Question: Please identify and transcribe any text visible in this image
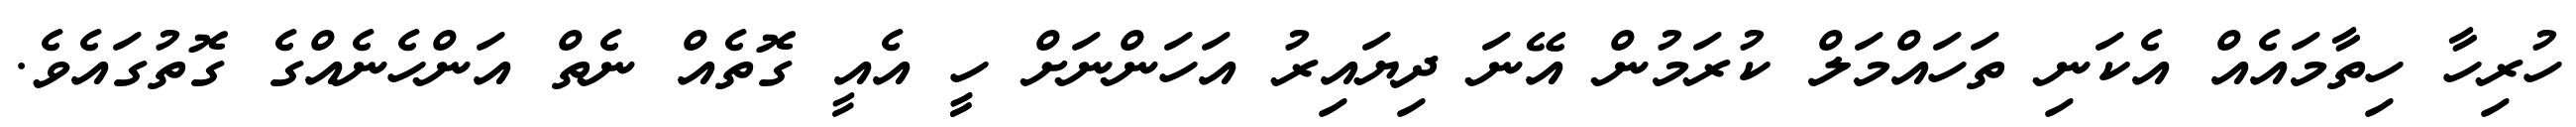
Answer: ހުރިހާ ހިތާމައެއް އެކަނި ތަހައްމަލް ކުރަމުން އޭނަ ދިޔައިރު އަހަންނަށް ހީީ އެއީ ގޮތެއް ނެތް އަންހެނެއްގެ ގޮތުގައެވެ.